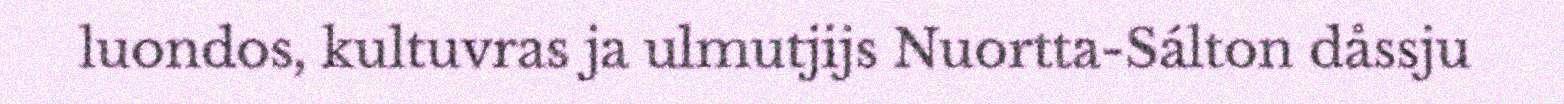
luondos, kultuvras ja ulmutjijs Nuortta-Sálton dåssju